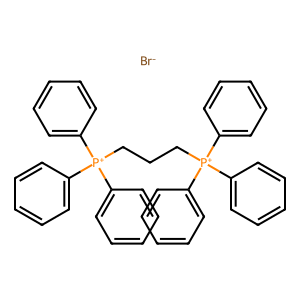
SMILES: [Br-].c1ccc([P+](CCC[P+](c2ccccc2)(c2ccccc2)c2ccccc2)(c2ccccc2)c2ccccc2)cc1
Inhibits HIV replication: No